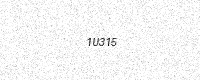
Text: 1U315